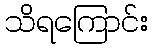
သိရကြောင်း